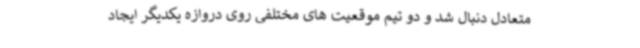
متعادل دنبال شد و دو تیم موقعیت های مختلفی روی دروازه یکدیگر ایجاد